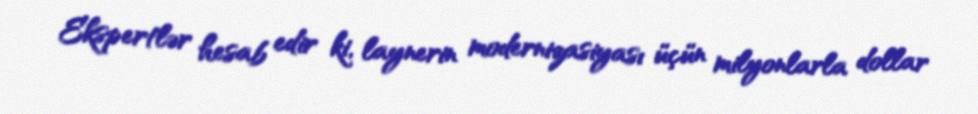
Ekspertlər hesab edir ki, laynerin modernizasiyası üçün milyonlarla dollar